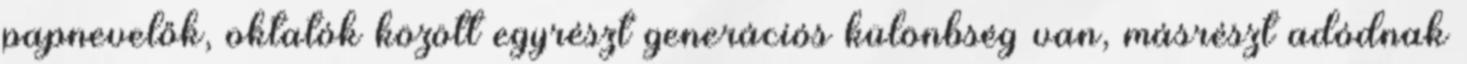
papnevelők, oktatók között egyrészt generációs különbség van, másrészt adódnak